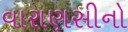
વારાણસીનો